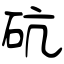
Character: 砊